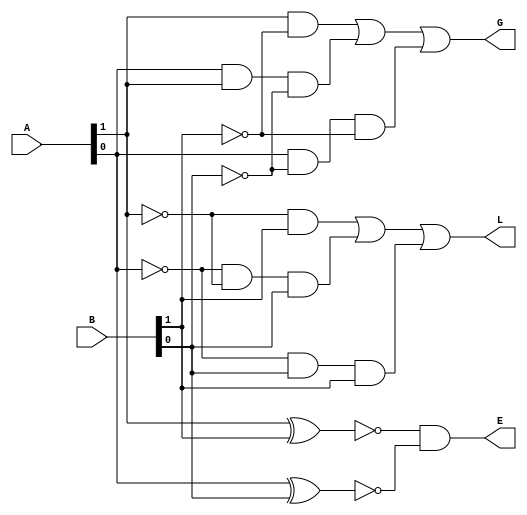
`timescale 1ns / 1ps
//////////////////////////////////////////////////////////////////////////////////
// Company: 
// Engineer: 
// 
// Design Name: 
// Module Name:    comparator 
// Project Name: 
// Target Devices: 
// Tool versions: 
// Description: 
//
// Dependencies: 
//
// Revision: 
// Revision 0.01 - File Created
// Additional Comments: 
//
//////////////////////////////////////////////////////////////////////////////////
module comparator(
    input [1:0] A,
    input [1:0] B,
    output L,
    output E,
    output G
    );
	 wire t1,t2,t3,t4,t5,t6,t7,t8;
	 
	 //E(A=B) 
	 xnor(t1,A[1],B[1]);
	 xnor(t2,A[0],B[0]);
	 and(E,t1,t2);
	 
	 //L(A<B)
	 and(t3,~A[1],B[1]);
	 and(t4,~A[0],~A[1],B[0]);
	 and(t5,~A[0],B[0],B[1]);
	 or(L,t3,t4,t5);
	 
	 //G(A>B) 
	 and(t6,A[1],~B[1]);
	 and(t7,A[0],A[1],~B[0]);
	 and(t8,A[0],~B[0],~B[1]);
	 or(G,t6,t7,t8);
	 
	 
	 
	 


endmodule